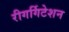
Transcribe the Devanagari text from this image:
रीगर्गिटेशन